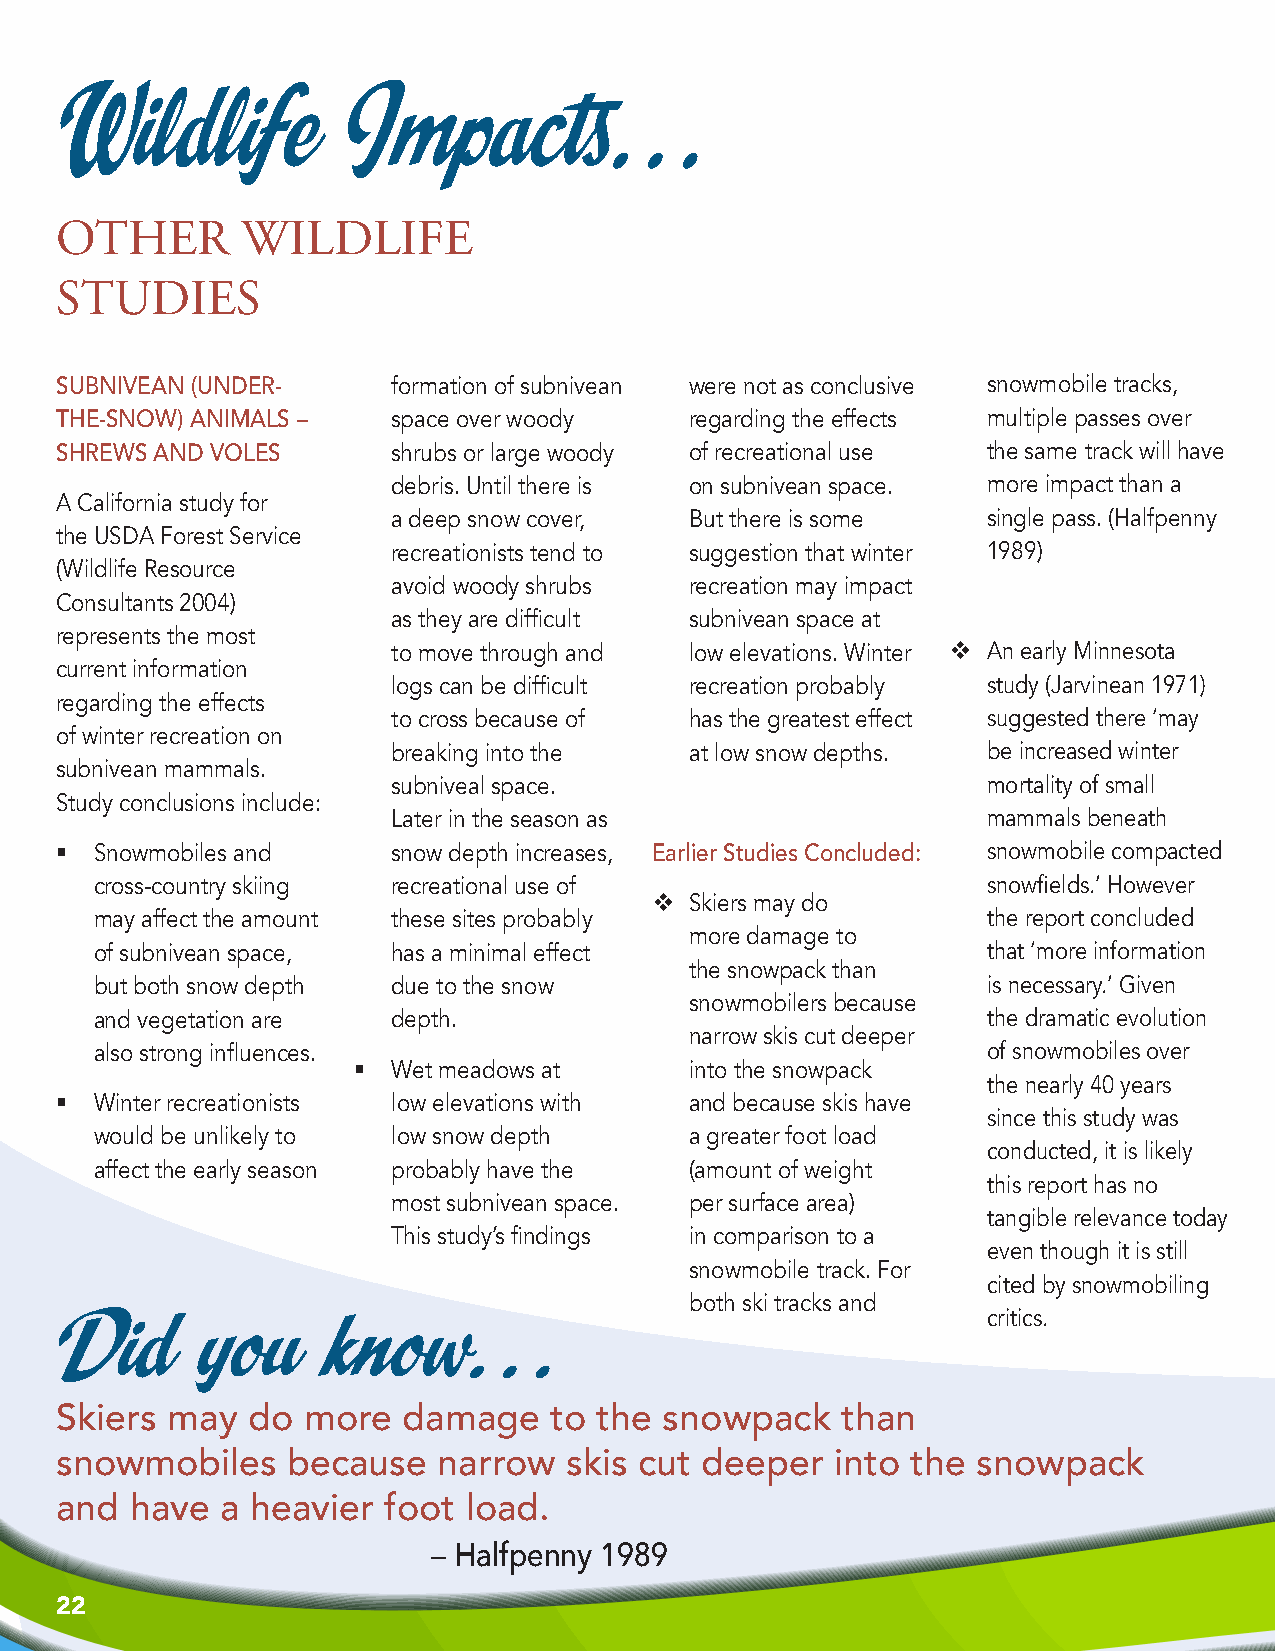
Wildlife           Impacts…
 OtHer       WILdLIfe
 StudIeS
 SUbniVeAn (UnDer-     formation of subnivean were not as conclusive snowmobile tracks,
 tHe-snow) AnImAls –   space over woody    regarding the effects multiple passes over
 SHrewS AnD VoleS      shrubs or large woody of recreational use the same track will have
 debris. Until there is on subnivean space. more impact than a
 A California study for
 a deep snow cover,  But there is some  single pass. (Halfpenny
 the USDA Forest Service
 recreationists tend to suggestion that winter 1989)
 (Wildlife Resource
 avoid woody shrubs  recreation may impact
 Consultants 2004)
 as they are difficult subnivean space at
 represents the most
 to move through and low elevations. Winter  An early Minnesota
 current information
 logs can be difficult recreation probably study (Jarvinean 1971)
 regarding the effects
 to cross because of has the greatest effect suggested there ‘may
 of winter recreation on
 breaking into the   at low snow depths. be increased winter
 subnivean mammals.
 subniveal space.                       mortality of small
 Study conclusions include:
 Later in the season as                 mammals beneath
  Snowmobiles and     snow depth increases, earlier studies concluded: snowmobile compacted
 cross-country skiing recreational use of                   snowfields.’ However
   Skiers may do
 may affect the amount these sites probably                 the report concluded
 more damage to
 of subnivean space, has a minimal effect                   that ‘more information
 the snowpack than
 but both snow depth due to the snow                        is necessary.’ Given
 snowmobilers because
 and vegetation are  depth.                                 the dramatic evolution
 narrow skis cut deeper
 also strong influences.                                    of snowmobiles over
   Wet meadows at      into the snowpack
 the nearly 40 years
  Winter recreationists low elevations with and because skis have
 since this study was
 would be unlikely to low snow depth     a greater foot load
 conducted, it is likely
 affect the early season probably have the (amount of weight
 this report has no
 most subnivean space. per surface area)
 tangible relevance today
 This study’s findings in comparison to a
 even though it is still
 snowmobile track. For
 cited by snowmobiling
 both ski tracks and
 Did      you     know…                                       critics.
 skiers may  do  more   damage   to  the snowpack    than
 snowmobiles    because   narrow  skis cut deeper   into the  snowpack
 and  have  a heavier foot  load.
 – Halfpenny 1989
 22